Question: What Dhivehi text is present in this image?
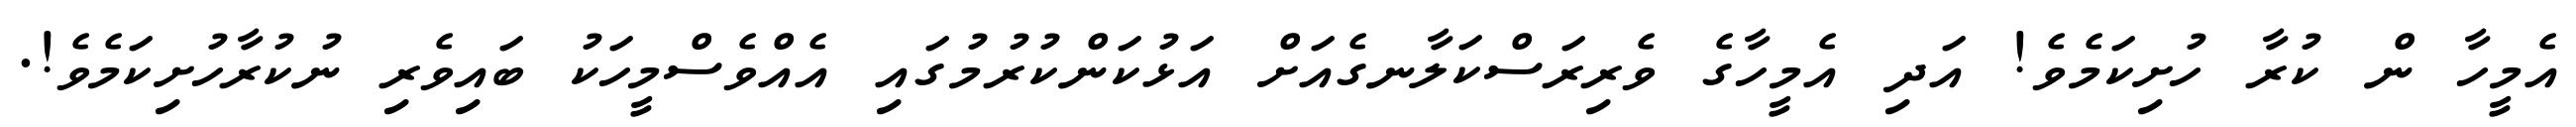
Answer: އެމީހާ ން ކުރާ ހުށިކަމެވެ! އަދި އެމީހާގެ ވެރިރަސްކަލާނގެއަށް އަޅުކަންކުރުމުގައި އެއްވެސްމީހަކު ބައިވެރި ނުކުރާހުށިކަމެވެ!.